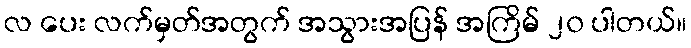
လ ပေး လက်မှတ်အတွက် အသွားအပြန် အကြိမ် ၂၀ ပါတယ်။